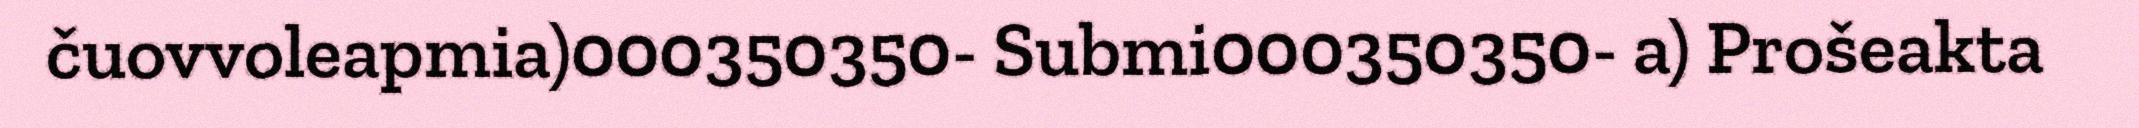
čuovvoleapmia)000350350- Submi000350350- a) Prošeakta